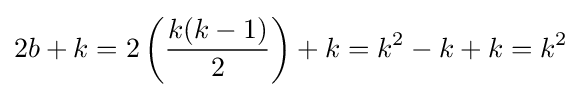
2b+k=2\left({\frac {k(k-1)}{2}}\right)+k=k^{2}-k+k=k^{2}